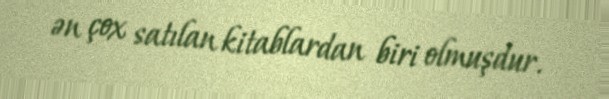
ən çox satılan kitablardan biri olmuşdur.